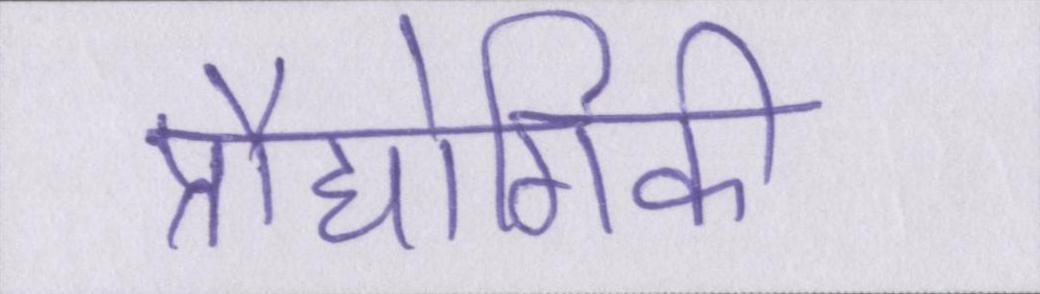
प्रौद्योगिकी